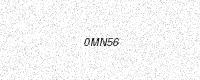
Text: 0MN56